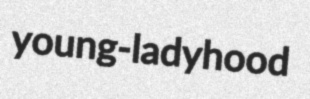
young-ladyhood